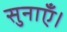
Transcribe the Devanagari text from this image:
सुनाएँ।